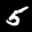
Label: 5